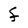
Character: F